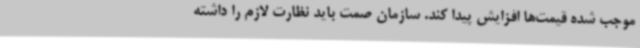
موجب شده قیمت‌ها افزایش پیدا کند. سازمان صمت باید نظارت لازم را داشته